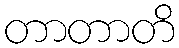
တာတာတိ